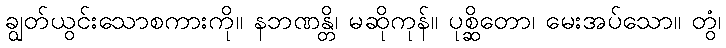
ချွတ်ယွင်းသောစကားကို။ နဘဏန္တိ၊ မဆိုကုန်။ ပုစ္ဆိတော၊ မေးအပ်သော။ တွံ၊